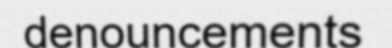
denouncements